Annual report on the working of the mental hospitals in the Madras Presidency - 1912-1932
Year: 1912
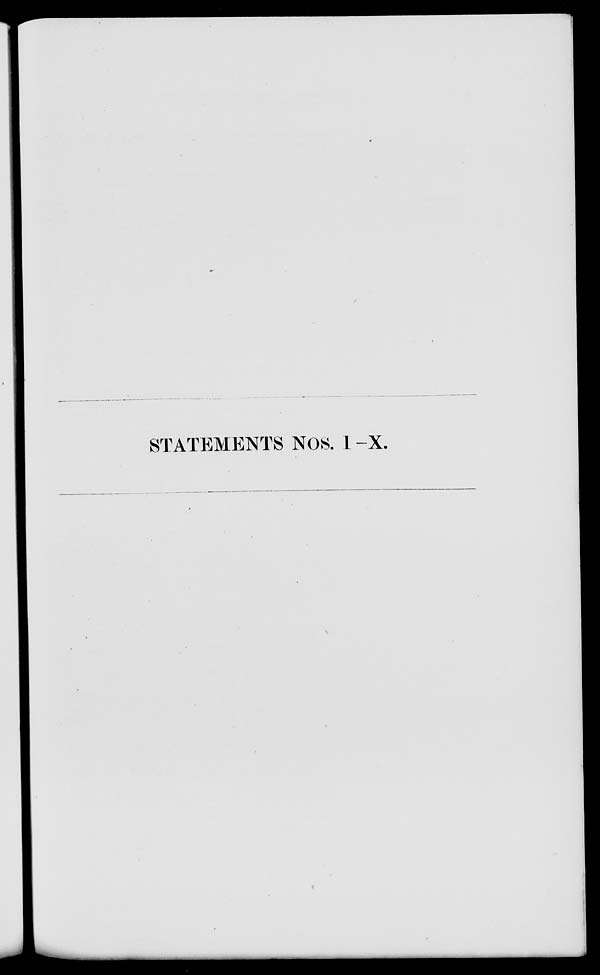
STATEMENTS NOS. I —X.